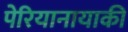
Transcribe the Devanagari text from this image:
पेरियानायाकी